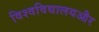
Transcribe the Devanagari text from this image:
विश्वविद्यालयऔर